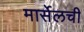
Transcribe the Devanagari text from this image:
मार्सेलची